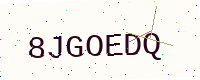
Text: 8JGOEDQ